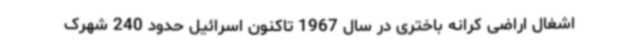
اشغال اراضی کرانه باختری در سال 1967 تاکنون اسرائیل حدود 240 شهرک